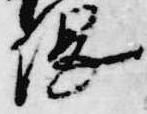
綱